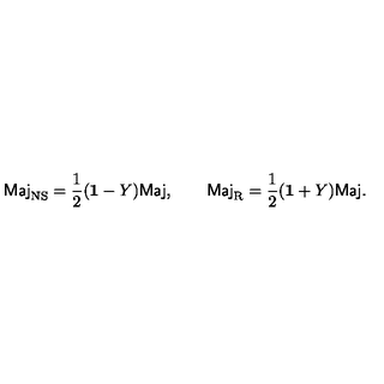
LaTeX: \mathrm { \sf M a j } _ { \mathrm { N S } } = \frac { 1 } { 2 } ( { \bf 1 } - Y ) \mathrm { \sf M a j } , \qquad \mathrm { \sf M a j } _ { \mathrm { R } } = \frac { 1 } { 2 } ( { \bf 1 } + Y ) \mathrm { \sf M a j } .